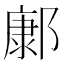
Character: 𨝎